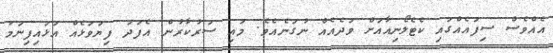
އެއްވެސް ސިފައެއްގައި ކެޓެލޯނިއާއަށް ވަދެއެއް ނުގަނެއެވެ. މައި ސަރުކާރުން އެފަދަ ފިޔަވަޅެއް އަޅައިފިނަމަ